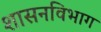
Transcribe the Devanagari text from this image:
शासनविभाग